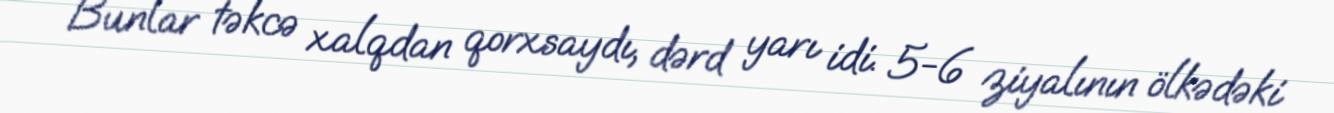
Bunlar təkcə xalqdan qorxsaydı, dərd yarı idi. 5-6 ziyalının ölkədəki